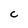
Character: C